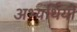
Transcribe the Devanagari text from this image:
अभ्यर्थियोँ